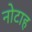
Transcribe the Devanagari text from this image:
नोटाह